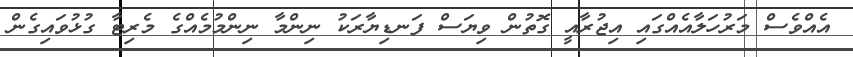
އެއްވެސް މަރުހަލާއެއްގައި އިޖުރާއީ ގޮތުން ވިޔަސް ފަނޑިޔާރަކު ނިންމާ ނިންމުމެއްގެ މެރިޓާ ގުޅުވައިގެން